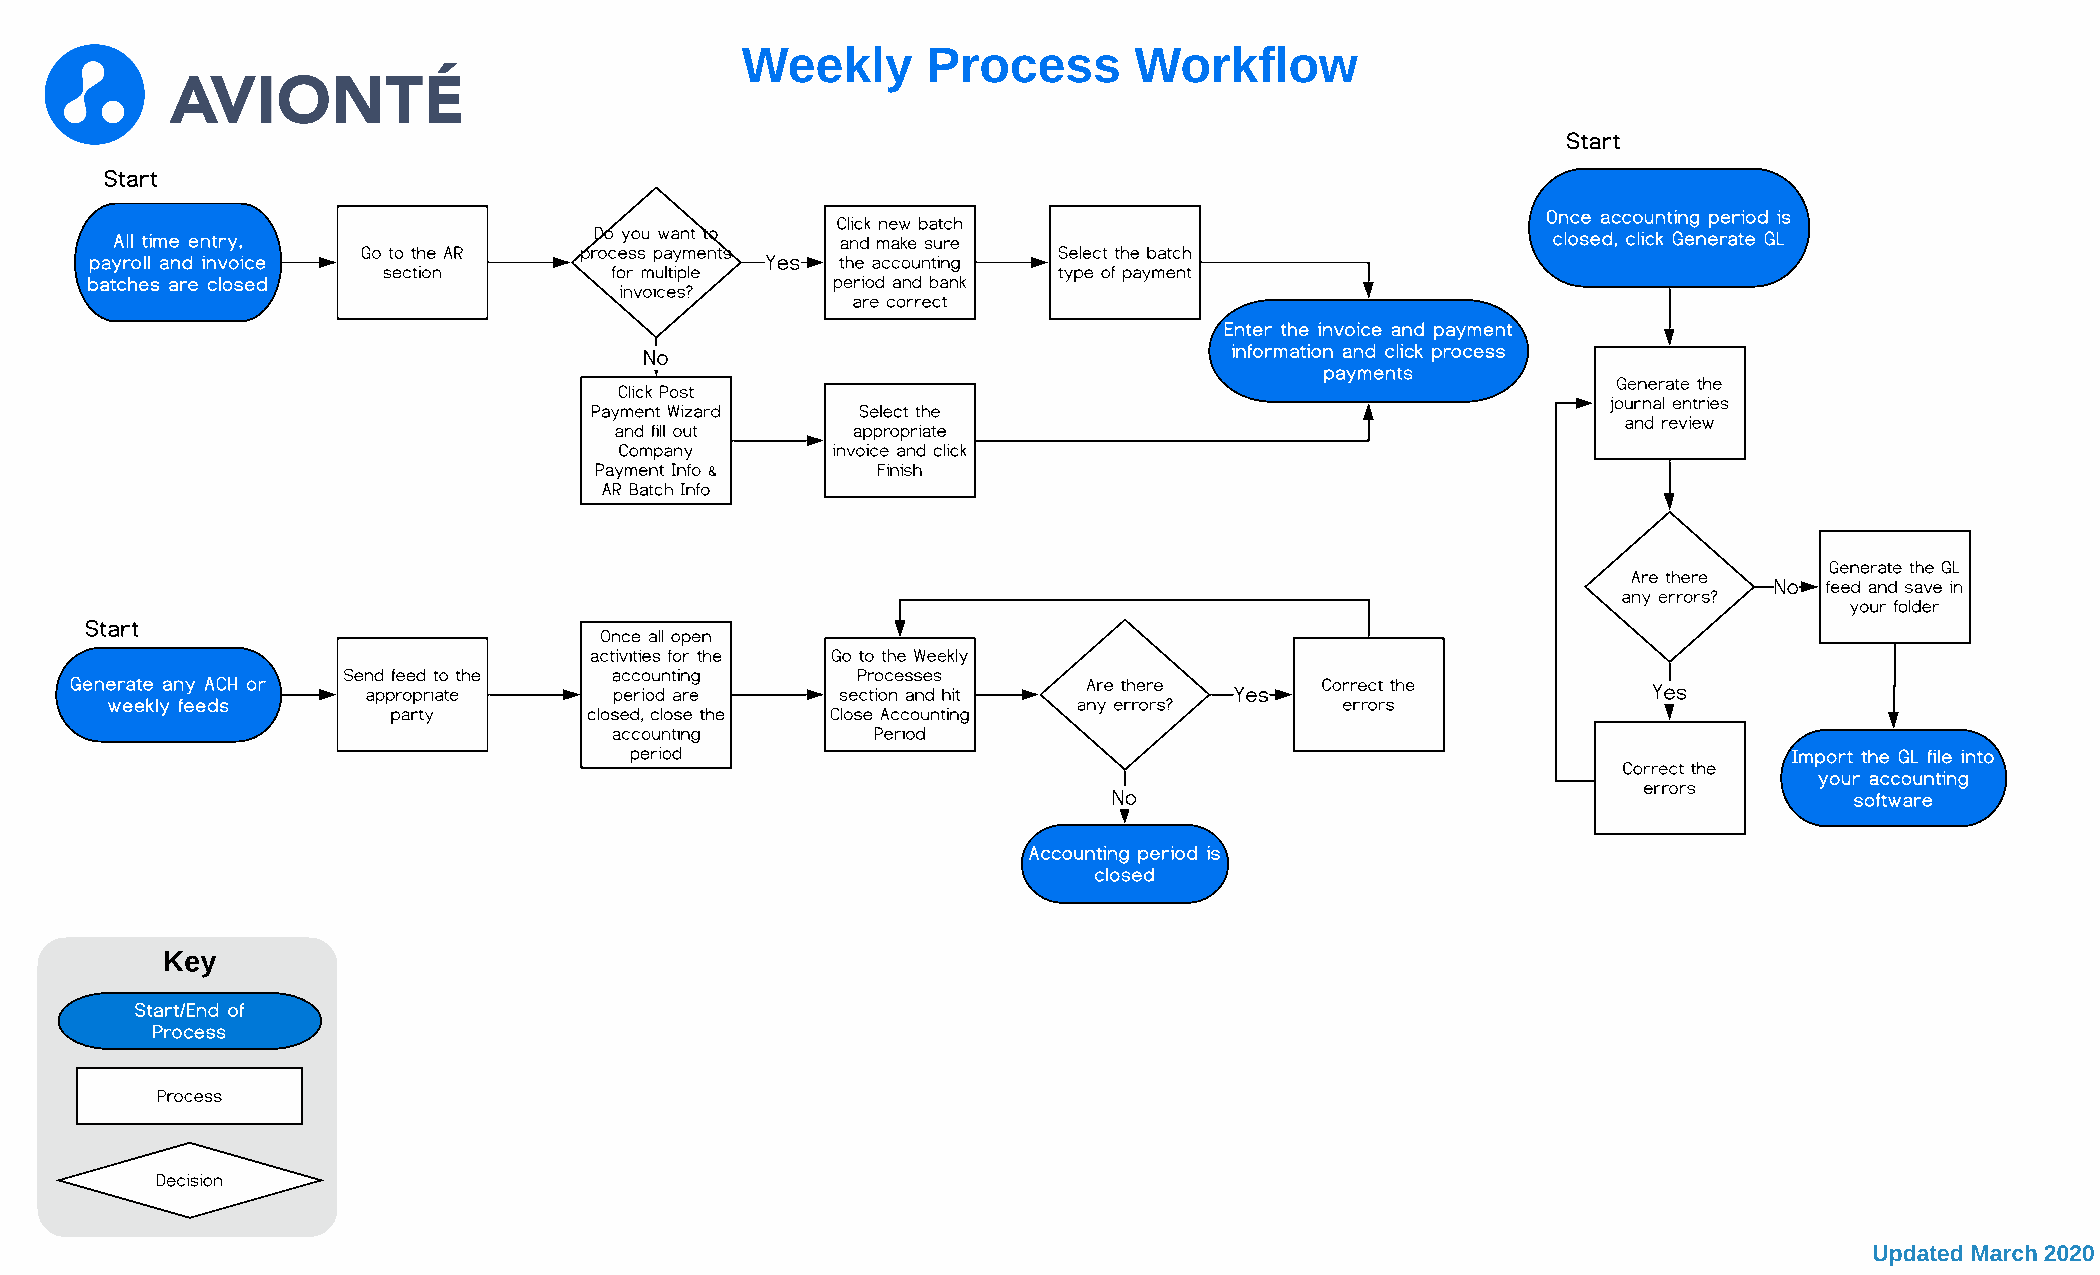
Weekly      Process       Workflow
 Start
 Start
 Once accounting period is
 Click new batch
 All time entry,                Do you want to   and make sure                                  closed, click Generate GL
 Go to the AR  process payments                Select the batch
 payroll and invoice                          Yes  the accounting
 section        for multiple                  type of payment
 batches are closed                               period and bank
 invoices?
 are correct
 Enter the invoice and payment
 No                                    information and click process
 payments
 Generate the
 Click Post
 journal entries
 Payment Wizard    Select the
 and review
 and fill out   appropriate
 Company       invoice and click
 Payment Info &     Finish
 AR Batch Info
 Generate the GL
 Are there
 No  feed and save in
 any errors?
 your folder
 Start
 Once all open
 activities for the Go to the Weekly
 Send feed to the accounting       Processes
 Generate any ACH or appropriate     period are     section and hit Are there Yes   Correct the          Yes
 weekly feeds                                                    any errors?       errors
 party        closed, close the Close Accounting
 accounting        Period
 period                                                                       Import the GL file into
 Correct the
 your accounting
 errors
 No                                               software
 Accounting period is
 closed
 Key
 Start/End of
 Process
 Process
 Decision
 Updated March 2020